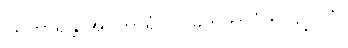
ဩကာရန္တိ အဝကာရံ လာမကဘာဝံဟု ဖွင့်ပြပုံ။